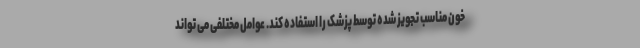
خون مناسب تجویز شده توسط پزشک را استفاده کند. عوامل مختلفی می تواند